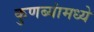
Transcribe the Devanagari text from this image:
कुणब्यांमध्ये